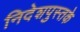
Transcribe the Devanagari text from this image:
निदेशपुस्तके